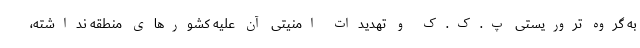
به گروه تروریستی پ.ک.ک و تهدیدات امنیتی آن علیه کشورهای منطقه نداشته،